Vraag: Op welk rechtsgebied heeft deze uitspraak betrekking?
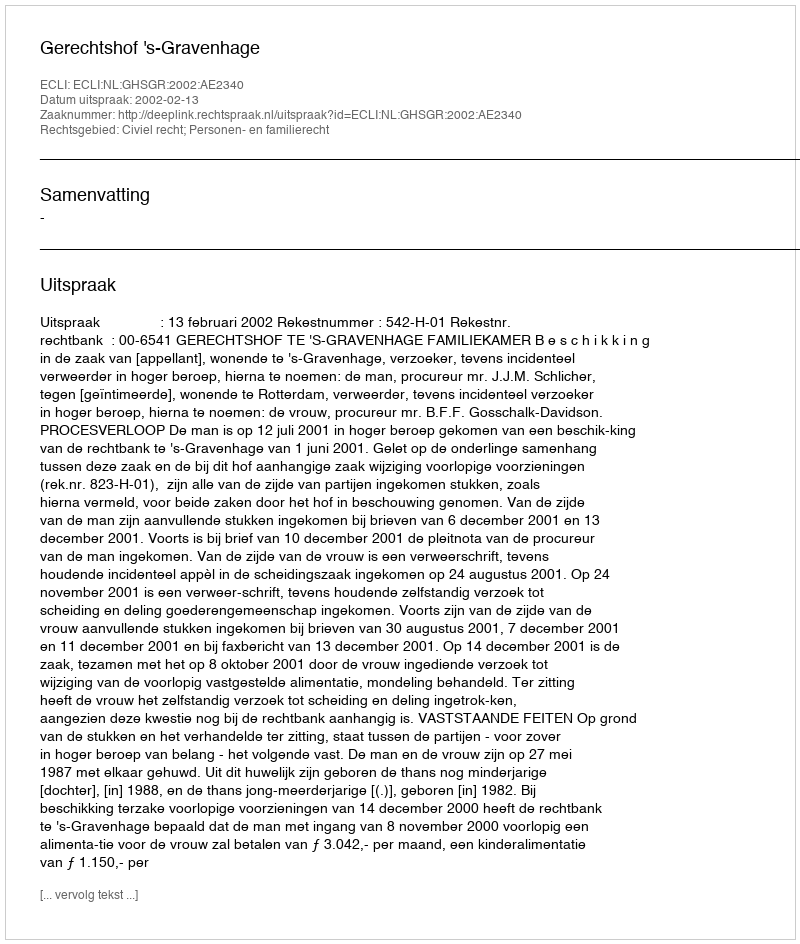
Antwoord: Civiel recht; Personen- en familierecht